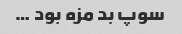
سوپ بد مزه بود …